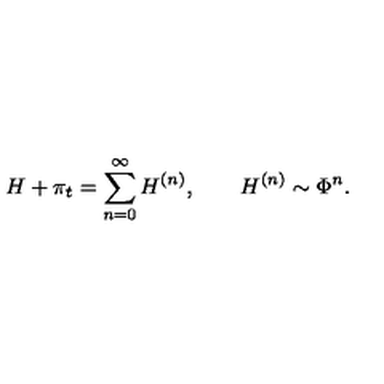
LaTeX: H + \pi _ { t } = \sum _ { n = 0 } ^ { \infty } H ^ { ( n ) } , \qquad H ^ { ( n ) } \sim \Phi ^ { n } .